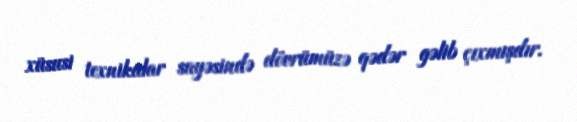
xüsusi texnikalar sayəsində dövrümüzə qədər gəlib çıxmışdır.